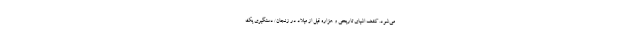
می‌شود. کشف اشیای تاریخی و هزاره قبل از میلاد در زنجان/ دستگیری یک